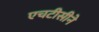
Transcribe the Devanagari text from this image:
एचटीसीने